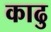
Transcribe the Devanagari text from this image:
काढु